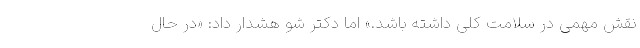
نقش مهمی در سلامت کلی داشته باشد.» اما دکتر شو هشدار داد: «در حال